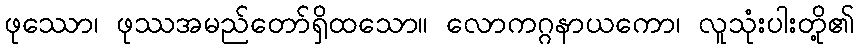
ဖုဿော၊ ဖုဿအမည်တော်ရှိထသော။ လောကဂ္ဂနာယကော၊ လူသုံးပါးတို့၏